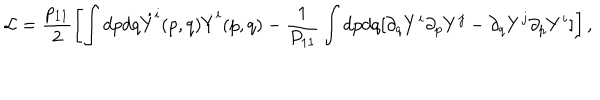
{ \cal L } = \frac { p _ { 1 1 } } { 2 } \left[ \int d p d q \dot { Y } ^ { i } ( p , q ) \dot { Y } ^ { i } ( p , q ) - \frac { 1 } { P _ { 1 1 } } \int d p d q [ \partial _ { q } Y ^ { i } \partial _ { p } Y ^ { j } - \partial _ { q } Y ^ { j } \partial _ { p } Y ^ { i } ] \right] ,